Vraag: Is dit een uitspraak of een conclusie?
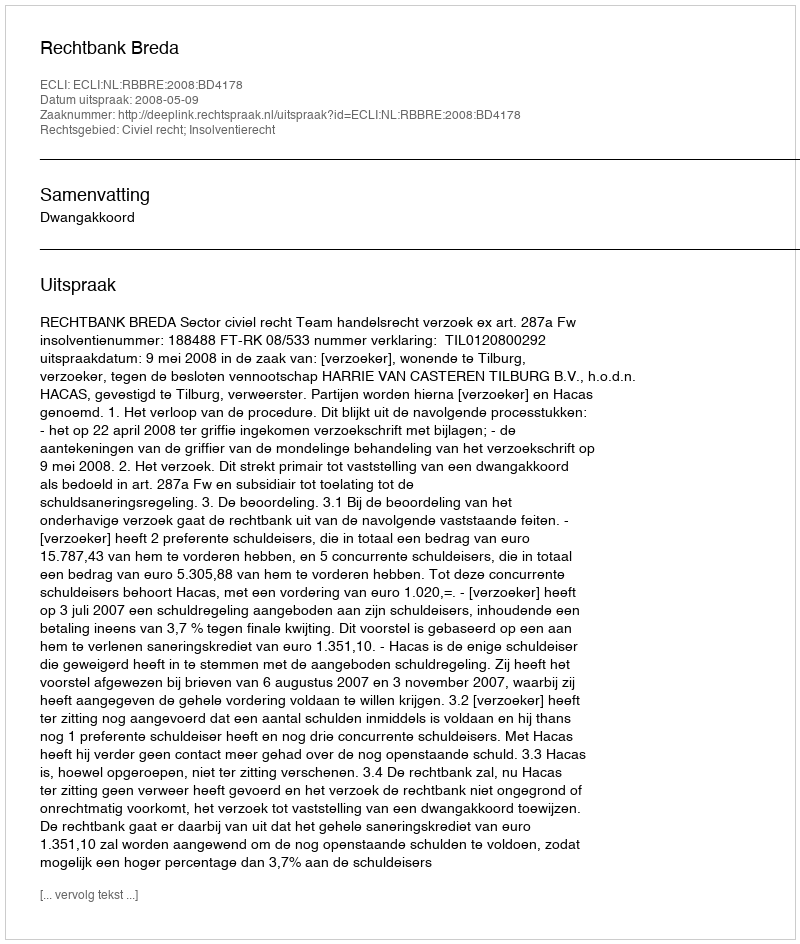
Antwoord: Uitspraak